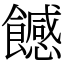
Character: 𩞿